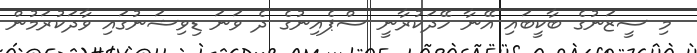
މި ސީޒަނުގެ ބާކީބައި އޭނާ ހޭދަކުރާނީ ސްޕެއިނުގެ ދެ ވަނަ ޑިވިޝަނުގައި ވާދަކުރަމުން